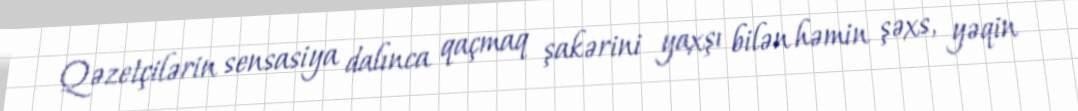
Qəzetçilərin sensasiya dalınca qaçmaq şakərini yaxşı bilən həmin şəxs, yəqin